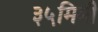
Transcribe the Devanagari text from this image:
३५मिमी